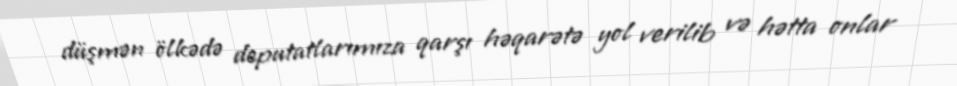
düşmən ölkədə deputatlarımıza qarşı həqarətə yol verilib və hətta onlar